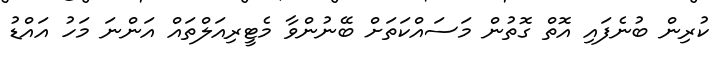
ކުރިން ބުނެފައި އޮތް ގޮތުން މަސައްކަތަށް ބޭނުންވާ މެޓީރިއަލްތައް އަންނަ މަހު އައްޑު